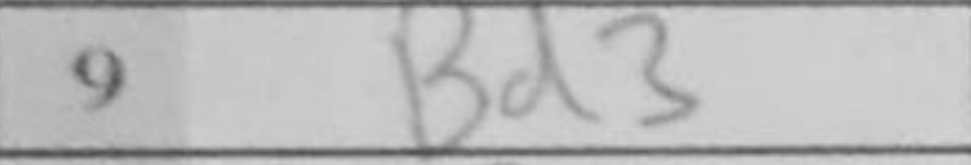
Transcription: Bd3